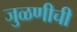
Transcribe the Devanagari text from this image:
जुळणीची